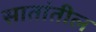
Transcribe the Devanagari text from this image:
सातांतील